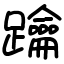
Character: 䠯